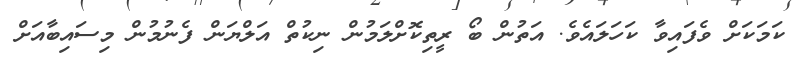
ކަމަކަށް ވެފައިވާ ކަހަލައެވެ. އަތުން ބޯ ރީތިކޮށްލަމުން ނިކުތް އަލްޔަން ފެނުމުން މިސައިބާއަށް